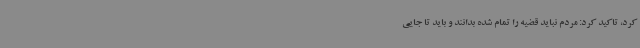
کرد، تاکید کرد: مردم نباید قضیه را تمام شده بدانند و باید تا جایی